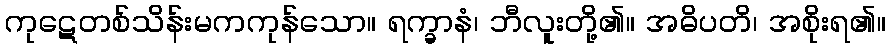
ကုဋေတစ်သိန်းမကကုန်သော။ ရက္ခာနံ၊ ဘီလူးတို့၏။ အဓိပတိ၊ အစိုးရ၏။